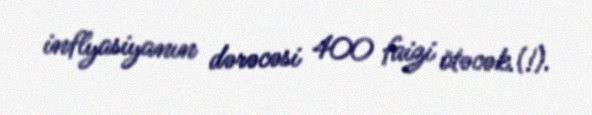
inflyasiyanın dərəcəsi 400 faizi ötəcək.(!).